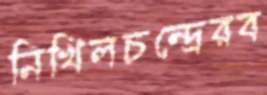
নিখিলচন্দ্রেরব